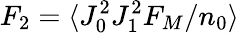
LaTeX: F_{2}=\langle J_{0}^{2}J_{1}^{2}F_{M}/n_{0}\rangle